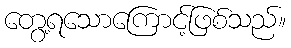
တွေ့ရသောကြောင့်ဖြစ်သည်။